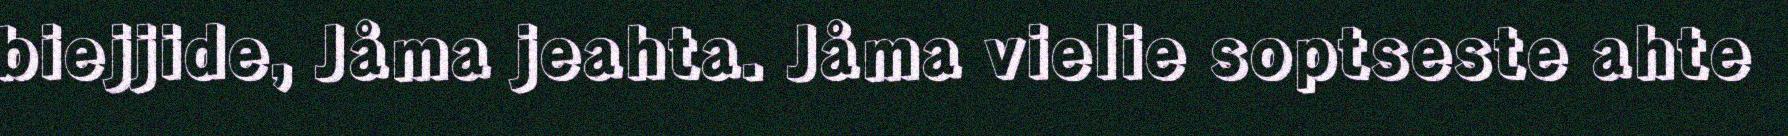
biejjide, Jåma jeahta. Jåma vielie soptseste ahte